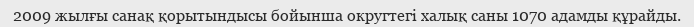
2009 жылғы санақ қорытындысы бойынша округтегі халық саны 1070 адамды құрайды.